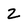
Character: Z